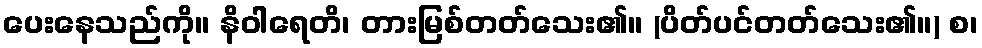
ပေးနေသည်ကို။ နိဝါရေတိ၊ တားမြစ်တတ်သေး၏။ (ပိတ်ပင်တတ်သေး၏။) စ၊